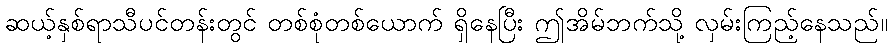
ဆယ့်နှစ်ရာသီပင်တန်းတွင် တစ်စုံတစ်ယောက် ရှိနေပြီး ဤအိမ်ဘက်သို့ လှမ်းကြည့်နေသည်။